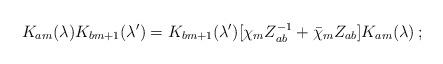
LaTeX: \begin{align*}K _{am}(\lambda)K_{bm+1}(\lambda ^\prime)=K_{bm+1}(\lambda ^\prime)[\chi _m Z_{ab}^{-1}+\bar \chi _m Z_{ab}]K_{am}(\lambda )\, ; \end{align*}